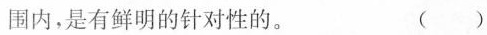
围内，是有鲜明的针对性的。 ()